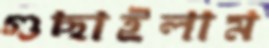
গুছাইলাম